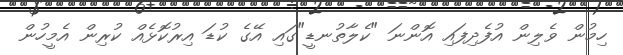
ހިމުން ވެލިން އުފެދިފައި އޮންނަ "ކެލާތުނޑީ"ގައި އޭގެ ކުޑަ އިރުކޮޅެއް ކުރިން އެމީހުން